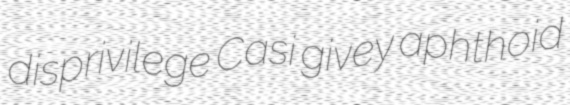
disprivilege Casi givey aphthoid